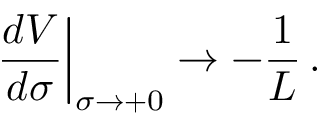
\left. \frac { d V } { d \sigma } \right| _ { \sigma \rightarrow + 0 } \rightarrow - \frac { 1 } { L } \, .